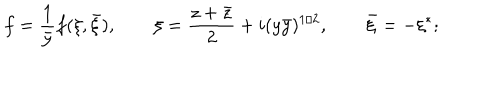
LaTeX: f = \frac { 1 } { \bar { y } } f ( \xi , \bar { \xi } ) , \qquad \xi = \frac { z + \bar { z } } { 2 } + i ( y \bar { y } ) ^ { 1 / 2 } , \qquad \bar { \xi } = - \xi ^ { * } ;